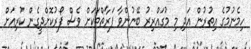
ހިމެނުމުގެ އިތުރުން އަދި މި މުގައްރިރު ބޭނުންވާ ފަރާތްތަކަށް ވެސް ފޯރުކޮށްދީގެން ކުރިއަށް